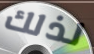
لذلك